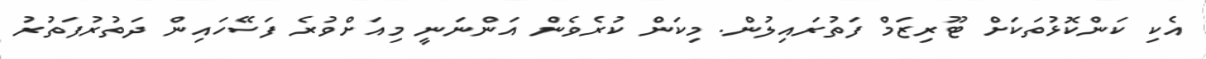
އެކި ކަންކޮޅުތަކަށް ޓޫރިޒަމް ފަތުރައިލުން. މިކަން ކުރެވެން އަންނަނީ މިއަށްވުރެ ފަސޭހައިން ދަތުރުފަތުރު